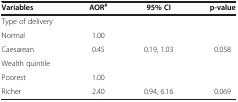
| Variables | AOR# | 95% CI | p-value |
 | --- | --- | --- | --- |
 | Type of delivery |  |  |  |
 | Normal | 1.00 |  |  |
 | Caesarean | 0.45 | 0.19, 1.03 | 0.058 |
 | Wealth quintile |  |  |  |
 | Poorest | 1.00 |  |  |
 | Richer | 2.40 | 0.94, 6.16 | 0.069 |